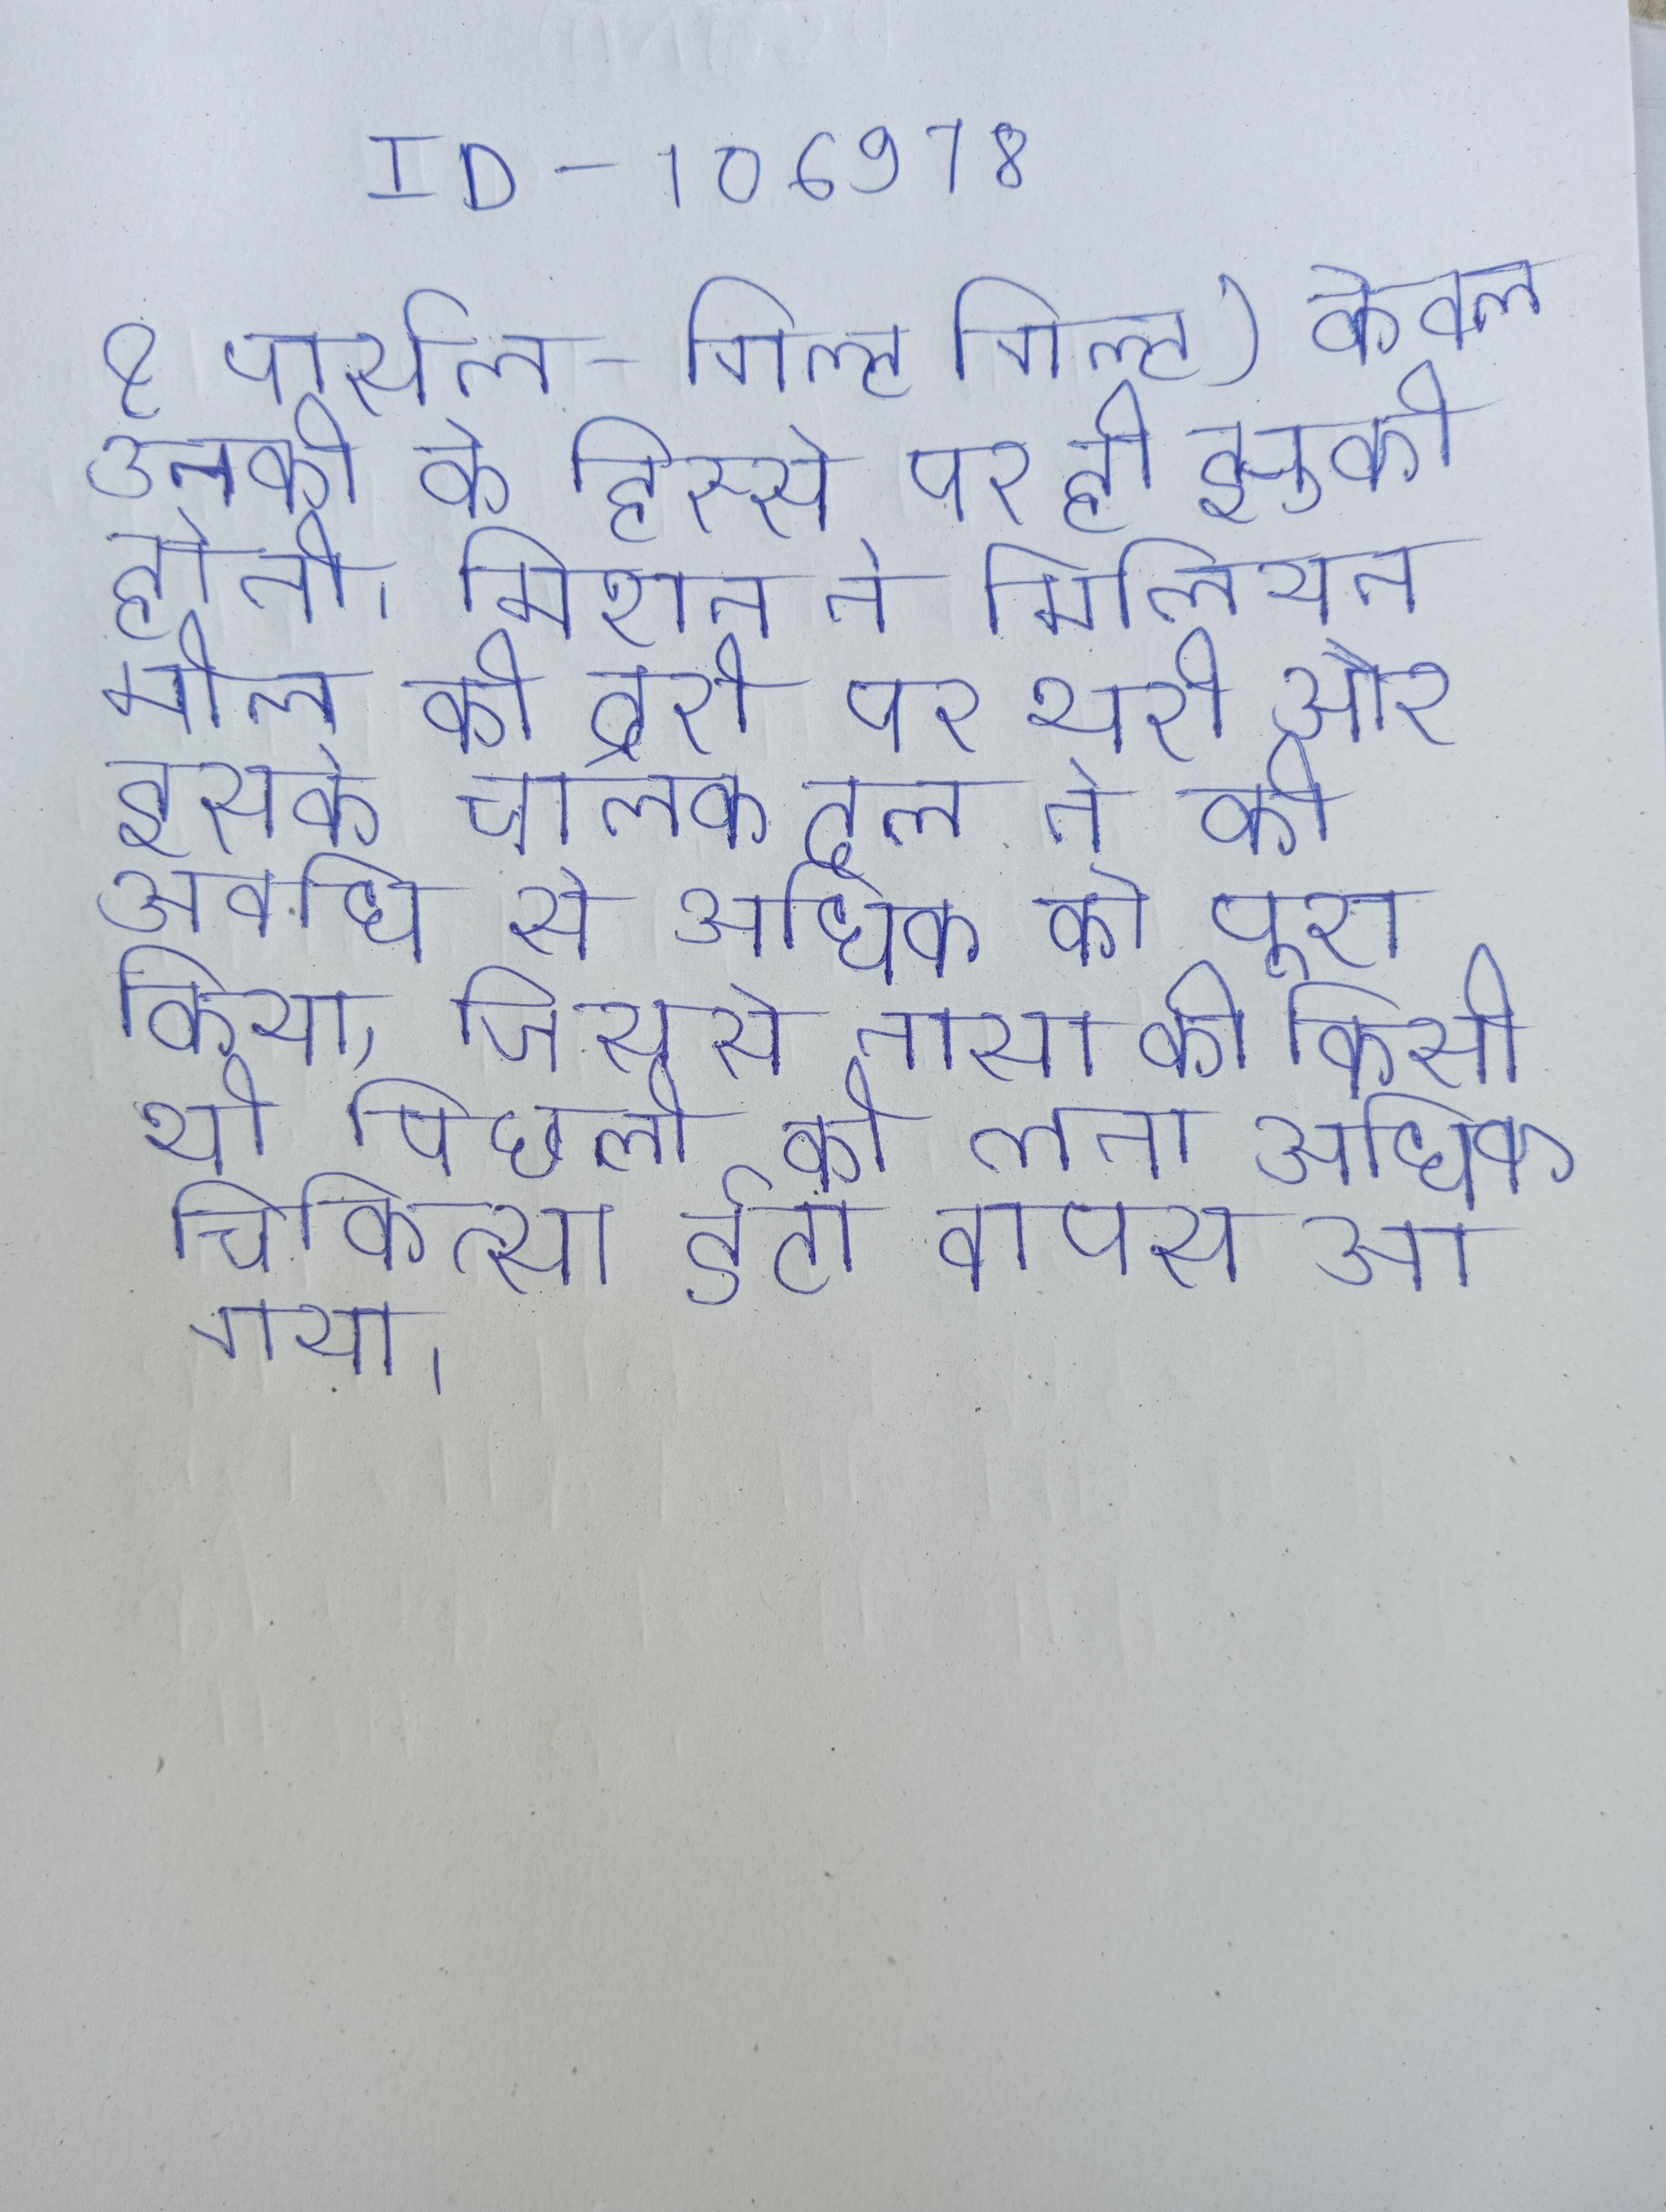
& पार्सल-गिल्ट गिल्ट) केवल उनकी के हिस्से पर ही झुकी होती । मिशन ने मिलियन मील की दूरी पर भरी और इसके चालक दल ने की अवधि से अधिक को पूरा किया, जिससे नासा की किसी भी पिछली की तुलना अधिक चिकित्सा डेटा वापस आ गया ।